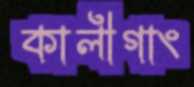
কালীগাং